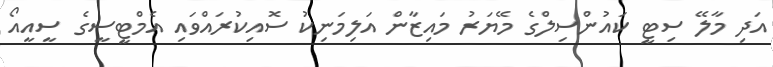
އަދި މާލޭ ސިޓީ ކައުންސިލްގެ މޭޔަރު މައިޒާން އަލިމަނިކު ސޮއިކުރައްވައި އެމްޓީސީގެ ސީއީއޯ